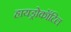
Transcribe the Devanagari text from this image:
हायड्रोकॉटिल